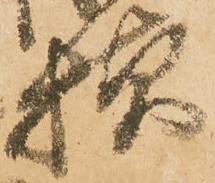
様